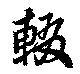
輟